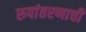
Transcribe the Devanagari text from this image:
रुपांतरणाची